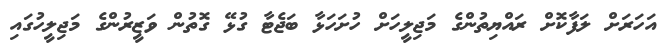
އަހަރަށް ލަފާކޮށް ރައްޔިތުންގެ މަޖިލީހަށް ހުށަހަޅާ ބަޖެޓާ ގުޅޭ ގޮތުން ވަޒީރުންގެ މަޖިލީހުގައި